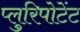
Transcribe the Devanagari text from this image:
प्लुरिपोटेंट